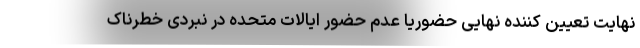
نهایت تعیین کننده نهایی حضوریا عدم حضور ایالات متحده در نبردی خطرناک